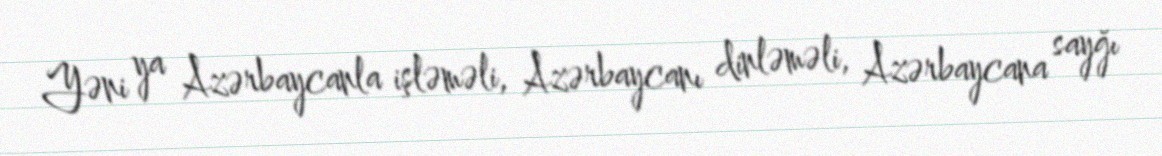
Yəni ya Azərbaycanla işləməli, Azərbaycanı dinləməli, Azərbaycana sayğı